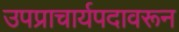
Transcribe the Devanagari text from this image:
उपप्राचार्यपदावरून